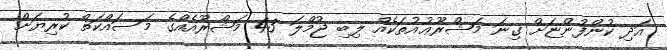
އަދި ކުންފުންޏަށް ގިނަ މަޝްރޫޢުއުތަކެއް ލިބި ޖުމްލަ 43 މަޝްރޫއެއްގެ މަސައްކަތް ކުރިޔަށް